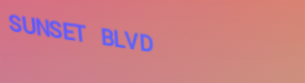
SUNSET BLVD